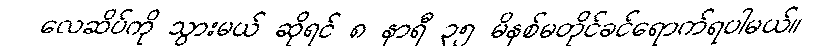
လေဆိပ်ကို သွားမယ် ဆိုရင် ၈ နာရီ ၃၅ မိနစ်မတိုင်ခင်ရောက်ရပါမယ်။